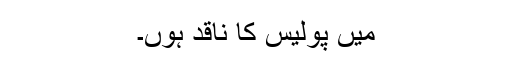
میں پولیس کا ناقد ہوں۔